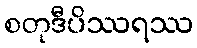
စတုဒီပိဿရဿ